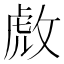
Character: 𫾹